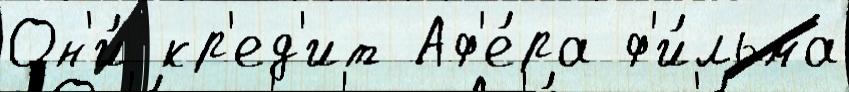
Он'и́ кр'ед'ит Аф'е́ра ф'и́льма